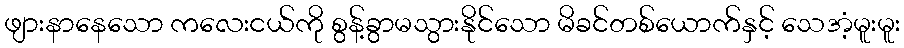
ဖျားနာနေသော ကလေးငယ်ကို စွန့်ခွာမသွားနိုင်သော မိခင်တစ်ယောက်နှင့် သေအံ့မူးမူး